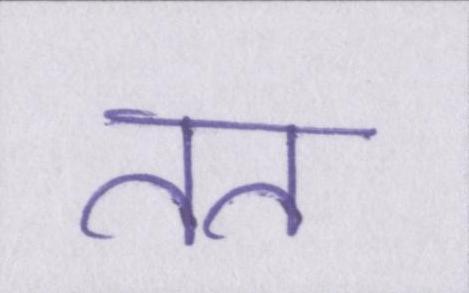
तत